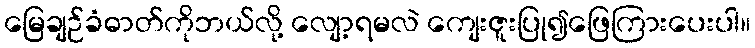
မြေချဉ်ခံဓာတ်ကိုဘယ်လို့ လျော့ရမလဲ ကျေးဇူးပြု၍ဖြေကြားပေးပါ။